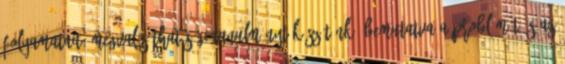
folyamatait, megvalósíthatósági tanulmányt készítünk, bemutatva a problémát és az